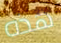
هذه